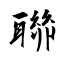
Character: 聯